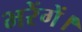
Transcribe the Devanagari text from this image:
भरेंगें।